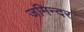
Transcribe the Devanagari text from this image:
जमिन्दर